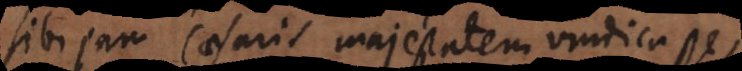
sibi jam Caesaris majestatem vindicasse,